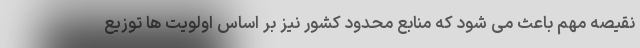
نقیصه مهم باعث می شود که منابع محدود کشور نیز بر اساس اولویت ها توزیع